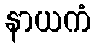
နာယကံ